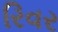
રિવર